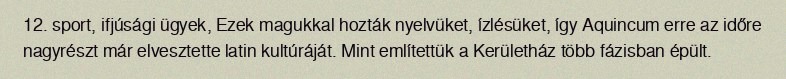
12.  sport, ifjúsági ügyek, Ezek magukkal hozták nyelvüket, ízlésüket, így Aquincum erre az időre nagyrészt már elvesztette latin kultúráját. Mint említettük a Kerületház több fázisban épült.